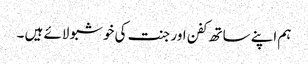
ہم اپنے ساتھ کفن اور جنت کی خوشبو لائے ہیں ۔